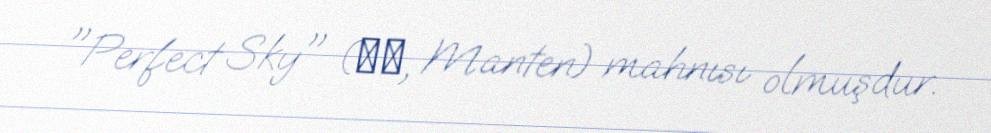
"Perfect Sky" (満天, Manten) mahnısı olmuşdur.